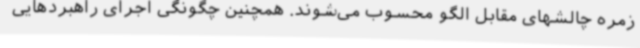
زمره چالشهای مقابل الگو محسوب می‌شوند. همچنین چگونگی اجرای راهبردهایی